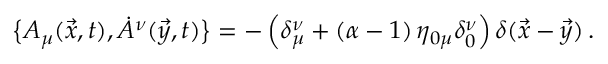
\bigl \{ A _ { \mu } ( \vec { x } , t ) , \dot { A } ^ { \nu } ( \vec { y } , t ) \bigr \} = - \, \Bigl ( \delta _ { \mu } ^ { \nu } + ( \alpha - 1 ) \, \eta _ { 0 \mu } \delta _ { 0 } ^ { \nu } \Bigr ) \, \delta ( \vec { x } - \vec { y } ) \, .